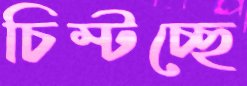
চিম্‌টচ্ছে